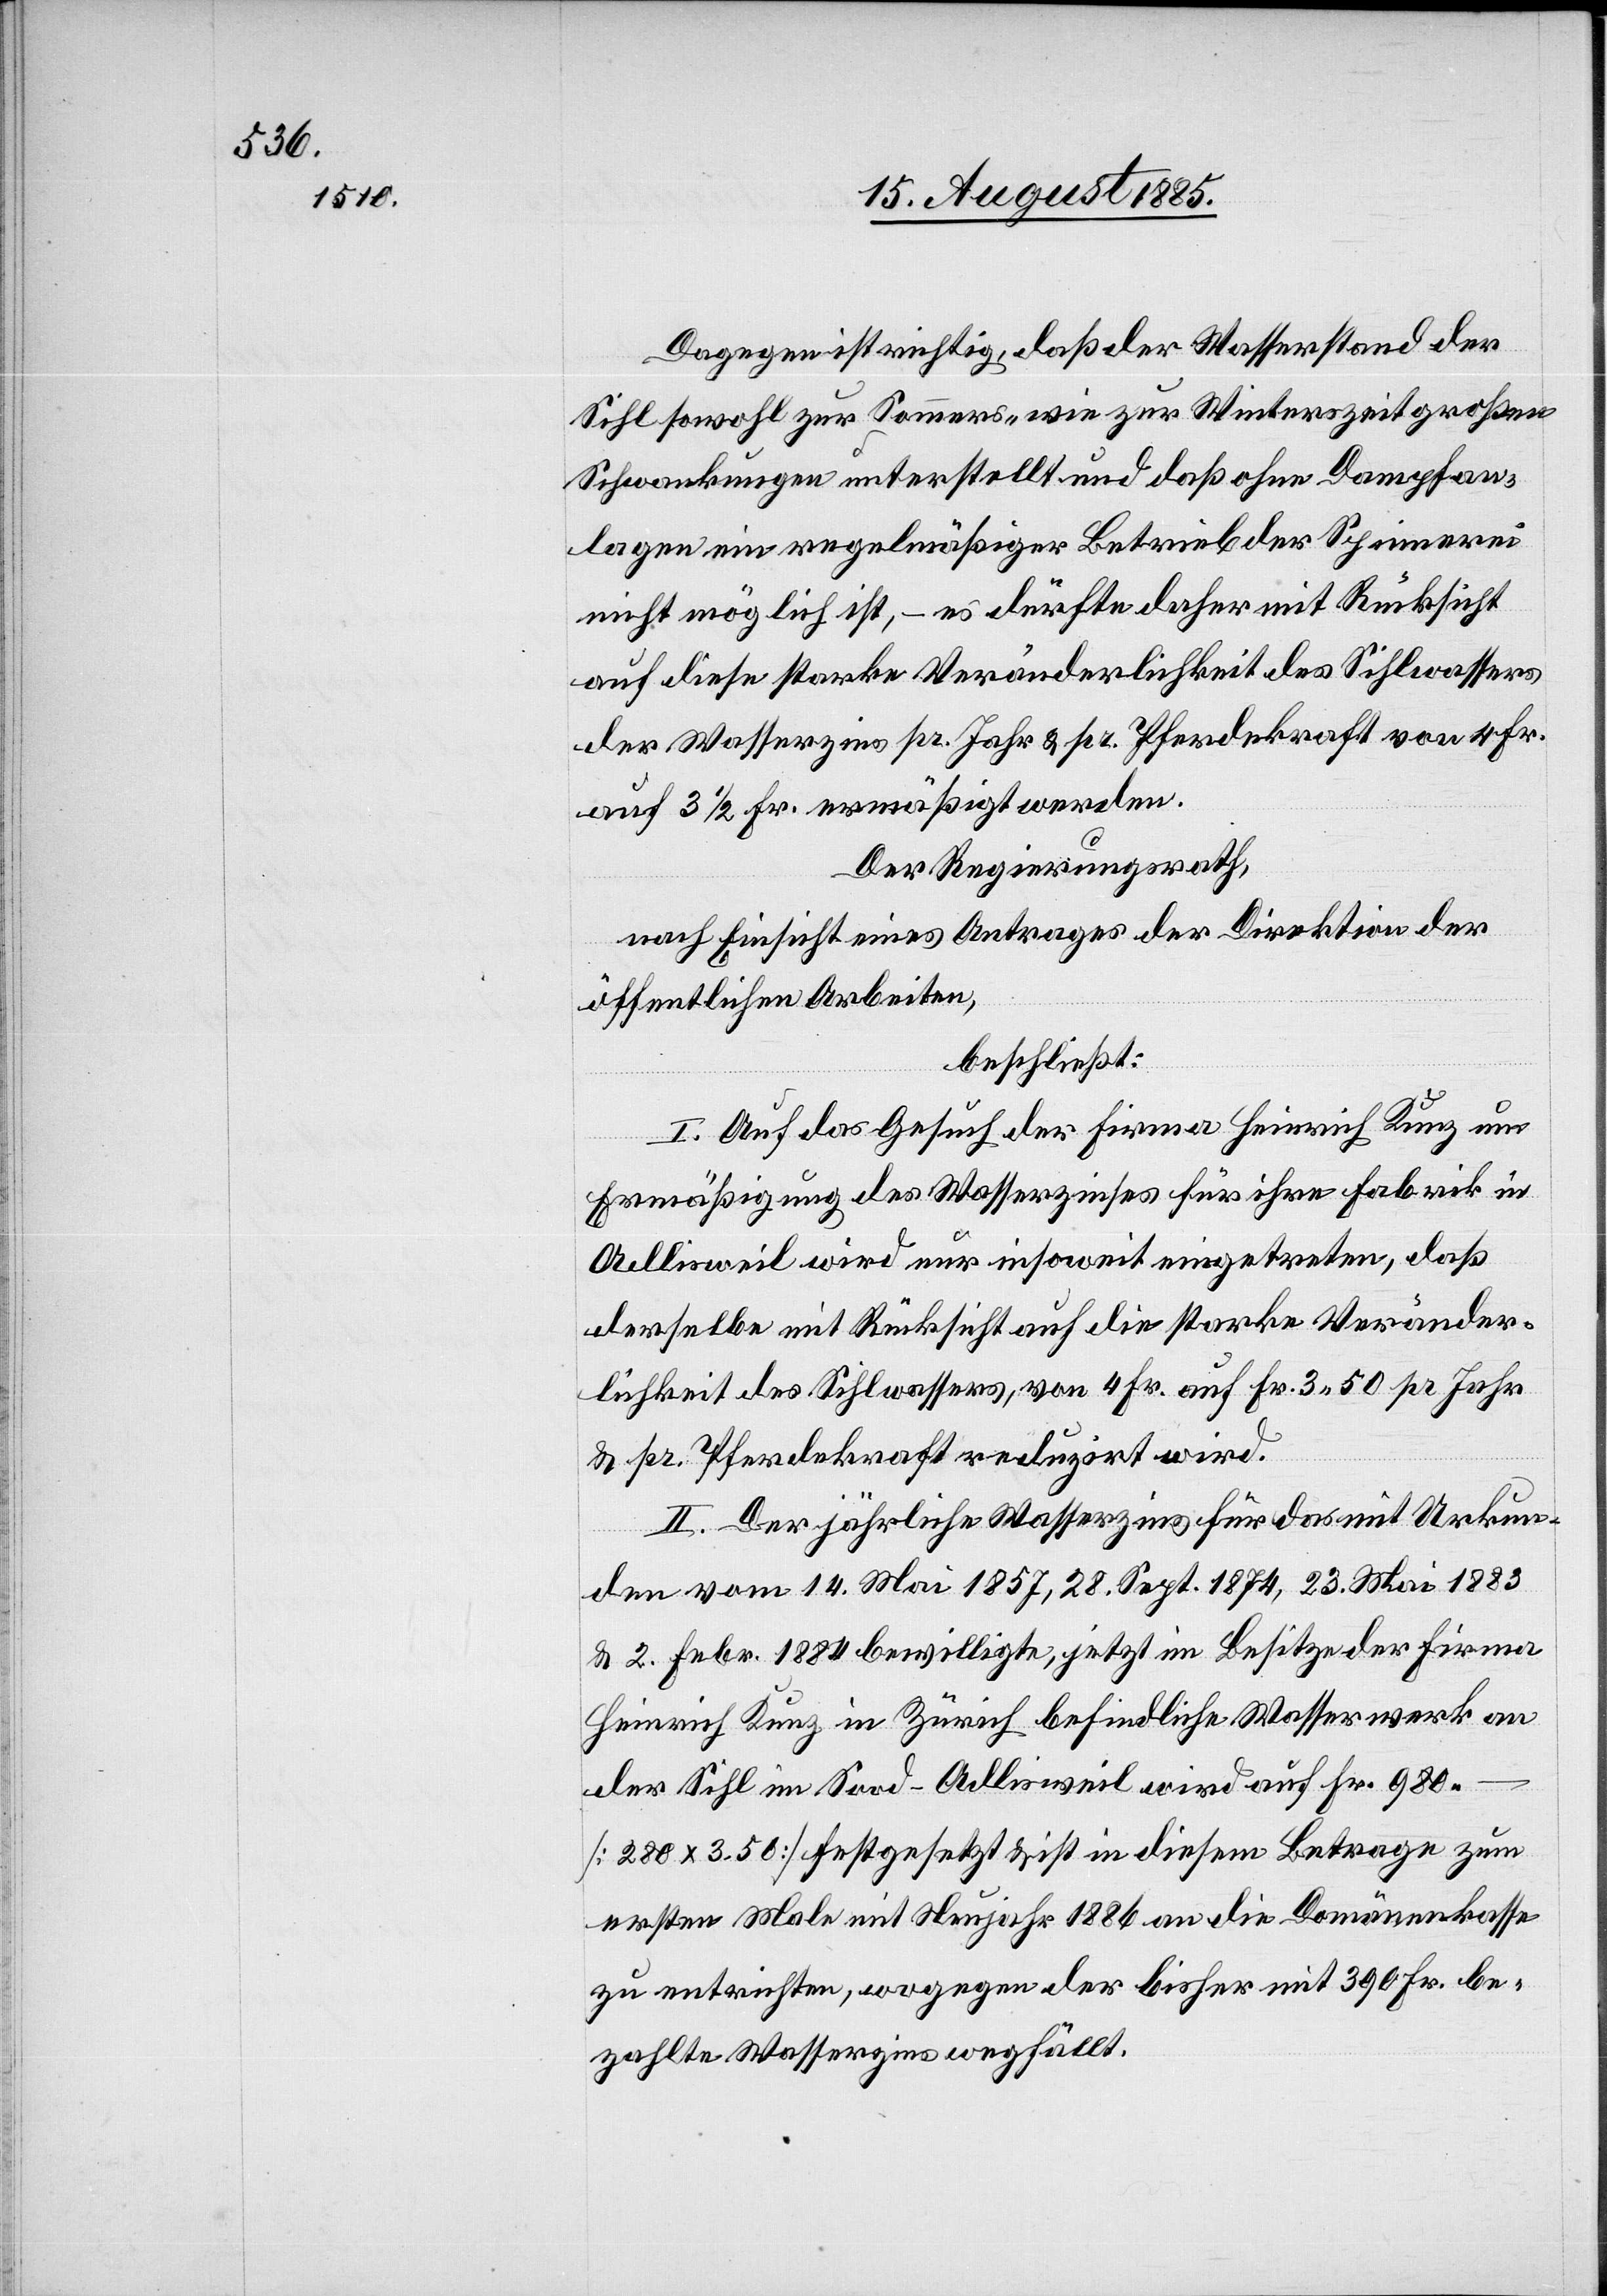
Dagegen ist richtig, daß der Wasserstand der
Sihl sowohl zur Sommers- wie zur Winterszeit großen
Schwankungen unterstellt und daß ohne Dampfan¬
lagen ein regelmäßiger Betrieb der Spinnerei
nicht möglich ist, – es dürfte daher mit Rücksicht
auf diese starke Veränderlichkeit des Sihlwassers
der Wasserzins pr. Jahr & pr. Pferdekraft von 4 Fr.
auf 3 1/2 Fr. ermäßigt werden.
Der Regierungsrath,
nach Einsicht eines Antrages der Direktion der
öffentlichen Arbeiten,
beschließt:
I. Auf das Gesuch der Firma Heinrich Kunz um
Ermäßigung des Wasserzinses für ihre Fabrik in
Adlisweil wird nur insoweit eintreten, daß
derselbe mit Rücksicht auf die starke Veränder¬
lichkeit des Sihlwassers, von 4 Fr. auf Fr. 3 50 pr Jahr
& pr Pferdekraft reduzirt wird.
II. Der jährliche Wasserzins für das mit Urkun¬
den vom 14. Mai 1857, 28. Sept. 1874, 23. Mai 1883
& 2. Febr. 1884 bewilligte, jetzt im Besitze der Firma
Heinrich Kunz in Zürich befindliche Wasserwerk an
der Sihl im Sood - Adlisweil wird auf Fr. 980
[280 x 3.50] festgesetzt & ist in diesem Betrage zum
ersten Male mit Neujahr 1886 an die Domänenkasse
zu entrichten, wogegen der bisher mit 390 Fr. be¬
zahlte Wasserzins wegfällt.